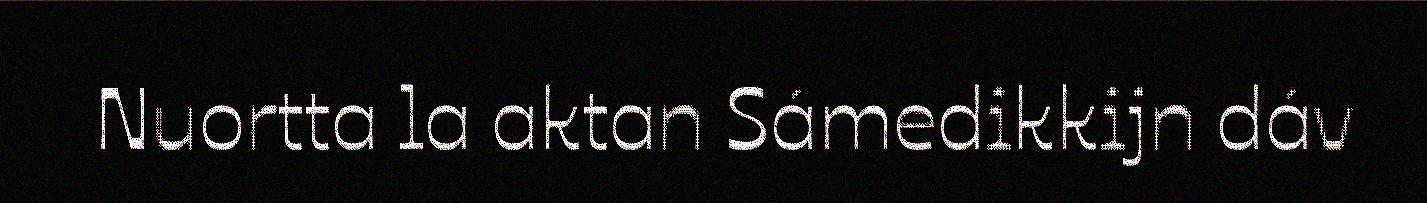
Nuortta la aktan Sámedikkijn dáv